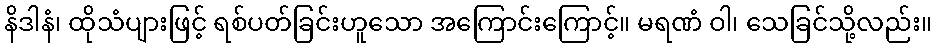
နိဒါနံ၊ ထိုသံပျားဖြင့် ရစ်ပတ်ခြင်းဟူသော အကြောင်းကြောင့်။ မရဏံ ဝါ၊ သေခြင်သို့လည်း။